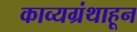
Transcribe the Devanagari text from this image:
काव्यग्रंथाहून